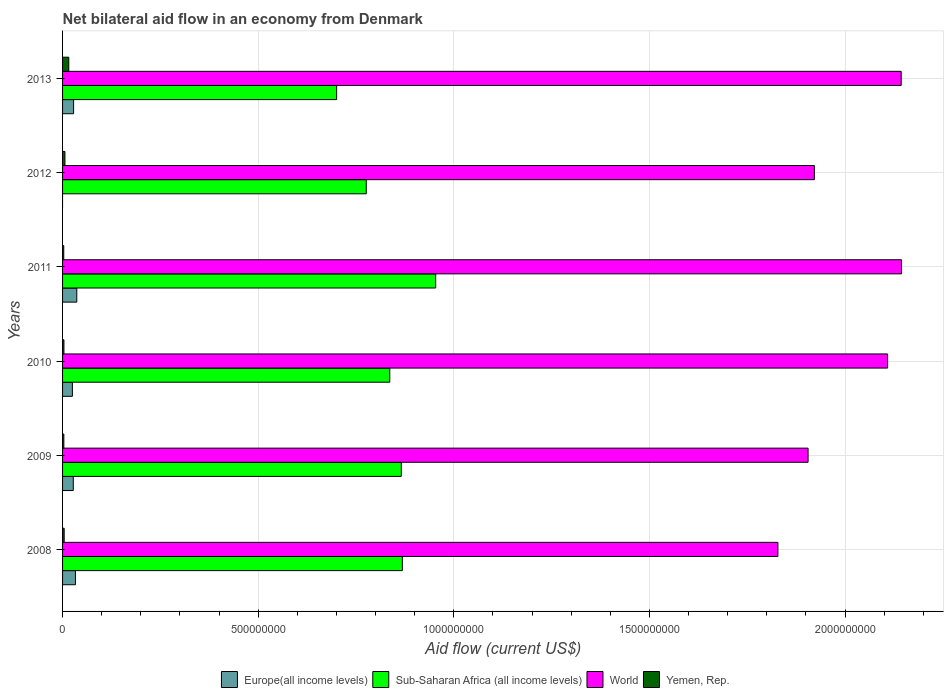
| Years | Europe(all income levels) | Sub-Saharan Africa (all income levels) | World | Yemen, Rep. |
 | --- | --- | --- | --- | --- |
 | 2008 | 3.29e+07 | 8.68e+08 | 1.83e+09 | 4.12e+06 |
 | 2009 | 2.74e+07 | 8.66e+08 | 1.91e+09 | 3.26e+06 |
 | 2010 | 2.51e+07 | 8.36e+08 | 2.11e+09 | 3.49e+06 |
 | 2011 | 3.63e+07 | 9.54e+08 | 2.14e+09 | 3.02e+06 |
 | 2012 | -6.69e+06 | 7.76e+08 | 1.92e+09 | 6.05e+06 |
 | 2013 | 2.82e+07 | 7.01e+08 | 2.14e+09 | 1.59e+07 |